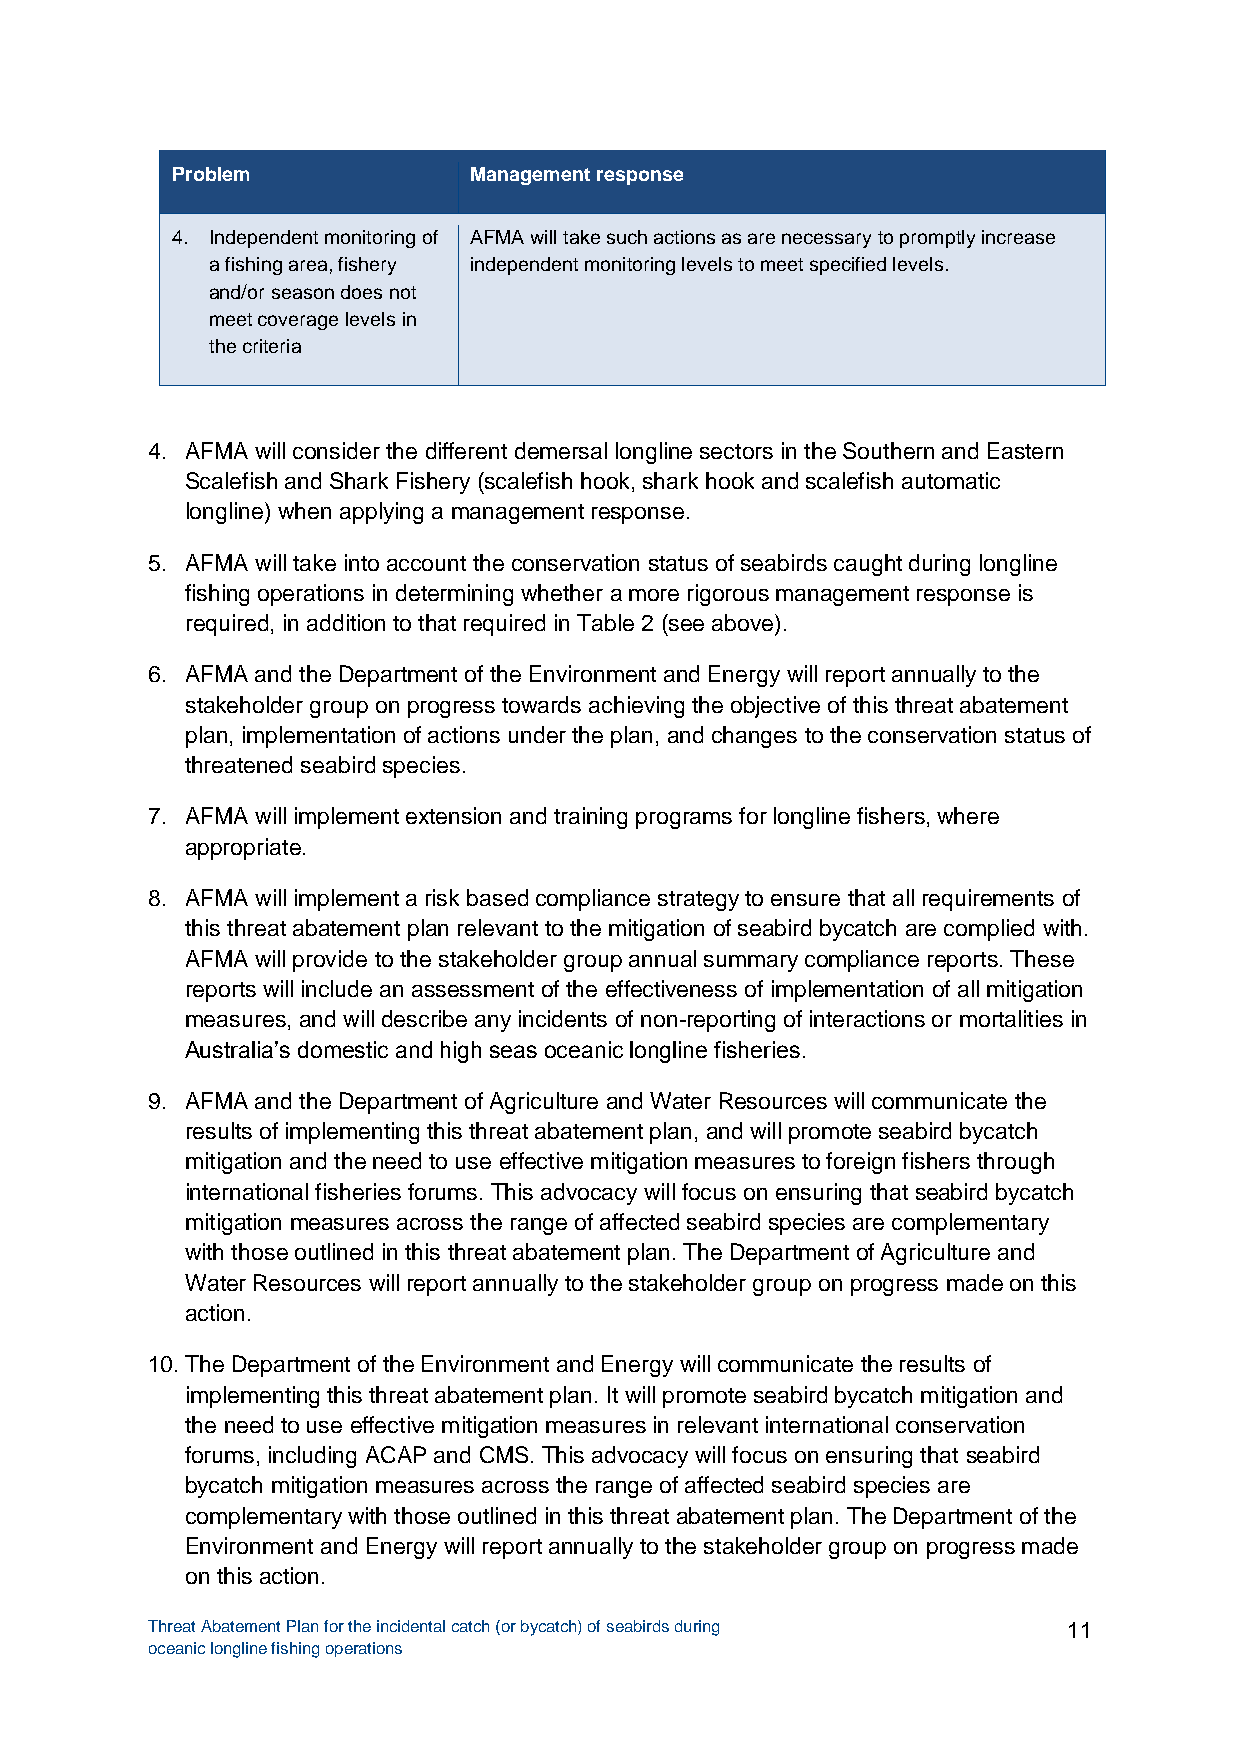
Problem             Management response
 4. Independent monitoring of AFMA will take such actions as are necessary to promptly increase
 a fishing area, fishery independent monitoring levels to meet specified levels.
 and/or season does not
 meet coverage levels in
 the criteria
 4. AFMA will consider the different demersal longline sectors in the Southern and Eastern
 Scalefish and Shark Fishery (scalefish hook, shark hook and scalefish automatic
 longline) when applying a management response.
 5. AFMA will take into account the conservation status of seabirds caught during longline
 fishing operations in determining whether a more rigorous management response is
 required, in addition to that required in Table 2 (see above).
 6. AFMA and the Department of the Environment and Energy will report annually to the
 stakeholder group on progress towards achieving the objective of this threat abatement
 plan, implementation of actions under the plan, and changes to the conservation status of
 threatened seabird species.
 7. AFMA will implement extension and training programs for longline fishers, where
 appropriate.
 8. AFMA will implement a risk based compliance strategy to ensure that all requirements of
 this threat abatement plan relevant to the mitigation of seabird bycatch are complied with.
 AFMA will provide to the stakeholder group annual summary compliance reports. These
 reports will include an assessment of the effectiveness of implementation of all mitigation
 measures, and will describe any incidents of non-reporting of interactions or mortalities in
 Australia’s domestic and high seas oceanic longline fisheries.
 9. AFMA and the Department of Agriculture and Water Resources will communicate the
 results of implementing this threat abatement plan, and will promote seabird bycatch
 mitigation and the need to use effective mitigation measures to foreign fishers through
 international fisheries forums. This advocacy will focus on ensuring that seabird bycatch
 mitigation measures across the range of affected seabird species are complementary
 with those outlined in this threat abatement plan. The Department of Agriculture and
 Water Resources will report annually to the stakeholder group on progress made on this
 action.
 10. The Department of the Environment and Energy will communicate the results of
 implementing this threat abatement plan. It will promote seabird bycatch mitigation and
 the need to use effective mitigation measures in relevant international conservation
 forums, including ACAP and CMS. This advocacy will focus on ensuring that seabird
 bycatch mitigation measures across the range of affected seabird species are
 complementary with those outlined in this threat abatement plan. The Department of the
 Environment and Energy will report annually to the stakeholder group on progress made
 on this action.
 Threat Abatement Plan for the incidental catch (or bycatch) of seabirds during 11
 oceanic longline fishing operations